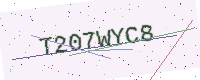
Text: T207WYC8